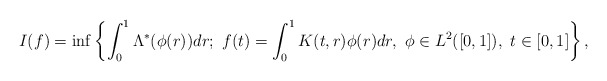
\begin{align*}I(f)=\inf\left\{\int^{1}_{0}\Lambda^{*}(\phi(r))dr; ~f(t)=\int^{1}_{0}K(t,r)\phi(r)dr,~\phi\in L^2([0,1]),~t\in[0,1]\right\},\end{align*}